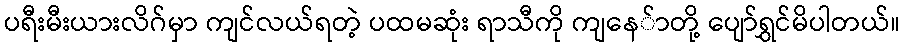
ပရီးမီးယားလိဂ်မှာ ကျင်လယ်ရတဲ့ ပထမဆုံး ရာသီကို ကျနေ်ာတို့ ပျော်ရွှင်မိပါတယ်။